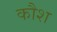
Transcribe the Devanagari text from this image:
कौश